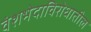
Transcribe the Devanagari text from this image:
वंशभेदाविरोधातील